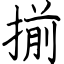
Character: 揃